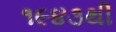
૧૯૪૩થી